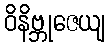
ဝိနိဗ္ဘုဇေယျ